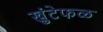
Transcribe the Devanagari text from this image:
खुंटेफळ